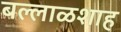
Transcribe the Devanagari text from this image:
बल्लाळशाह